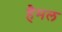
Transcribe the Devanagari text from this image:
हैमल